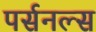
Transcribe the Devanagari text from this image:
पर्सनल्स